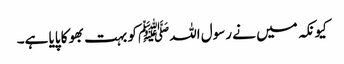
کیونکہ میں نے رسول اللہﷺ کو بہت بھوکا پایا ہے۔